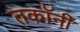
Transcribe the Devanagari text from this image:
तकॉनी